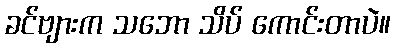
ခင်ဗျားက သဘော သိပ် ကောင်းတာပဲ။